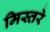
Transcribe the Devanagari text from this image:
मिस्तरे